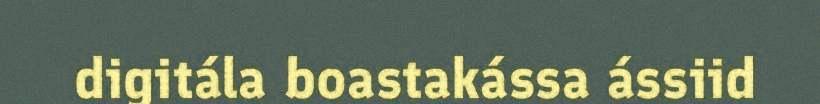
digitála boastakássa ássiid